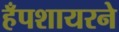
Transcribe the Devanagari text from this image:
हँपशायरने